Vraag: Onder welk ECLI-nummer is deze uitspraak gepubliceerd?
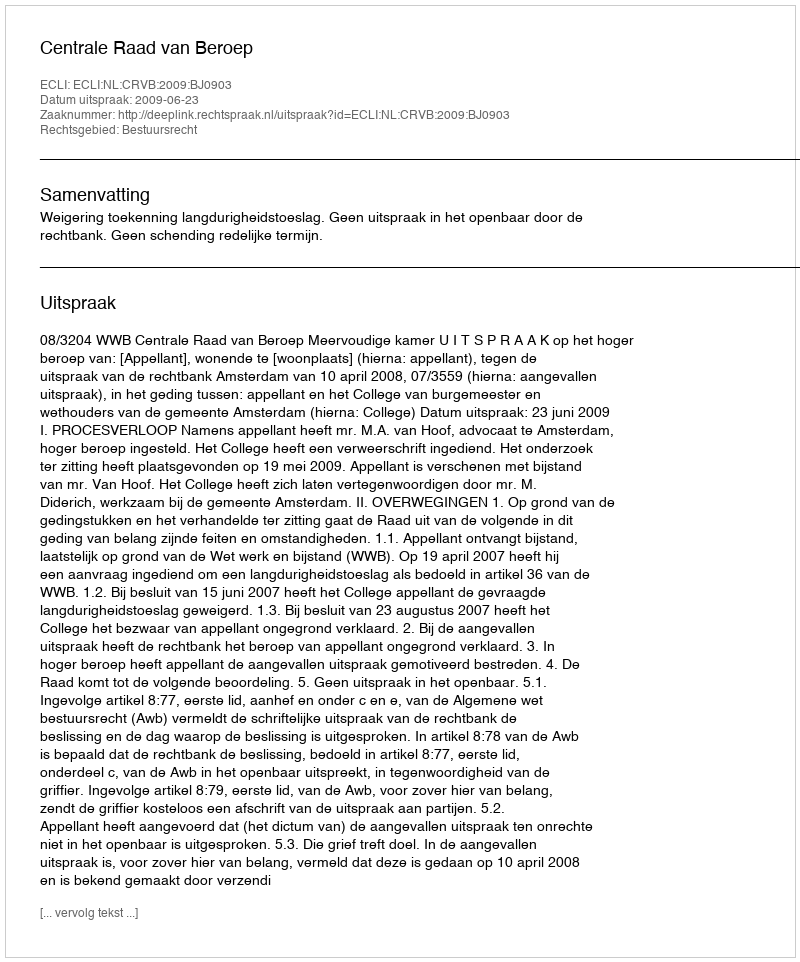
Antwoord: ECLI:NL:CRVB:2009:BJ0903